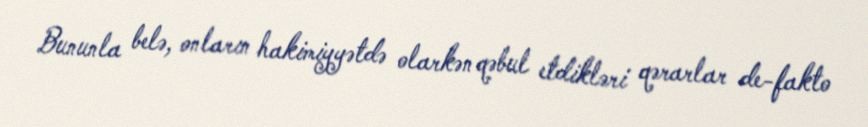
Bununla belə, onların hakimiyyətdə olarkən qəbul etdikləri qərarlar de-fakto